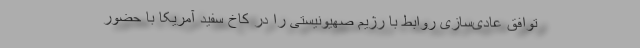
توافق عادی‌سازی روابط با رژیم صهیونیستی را در کاخ سفید آمریکا با حضور